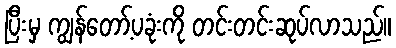
ပြီးမှ ကျွန်တော့်ပခုံးကို တင်းတင်းဆုပ်လာသည်။